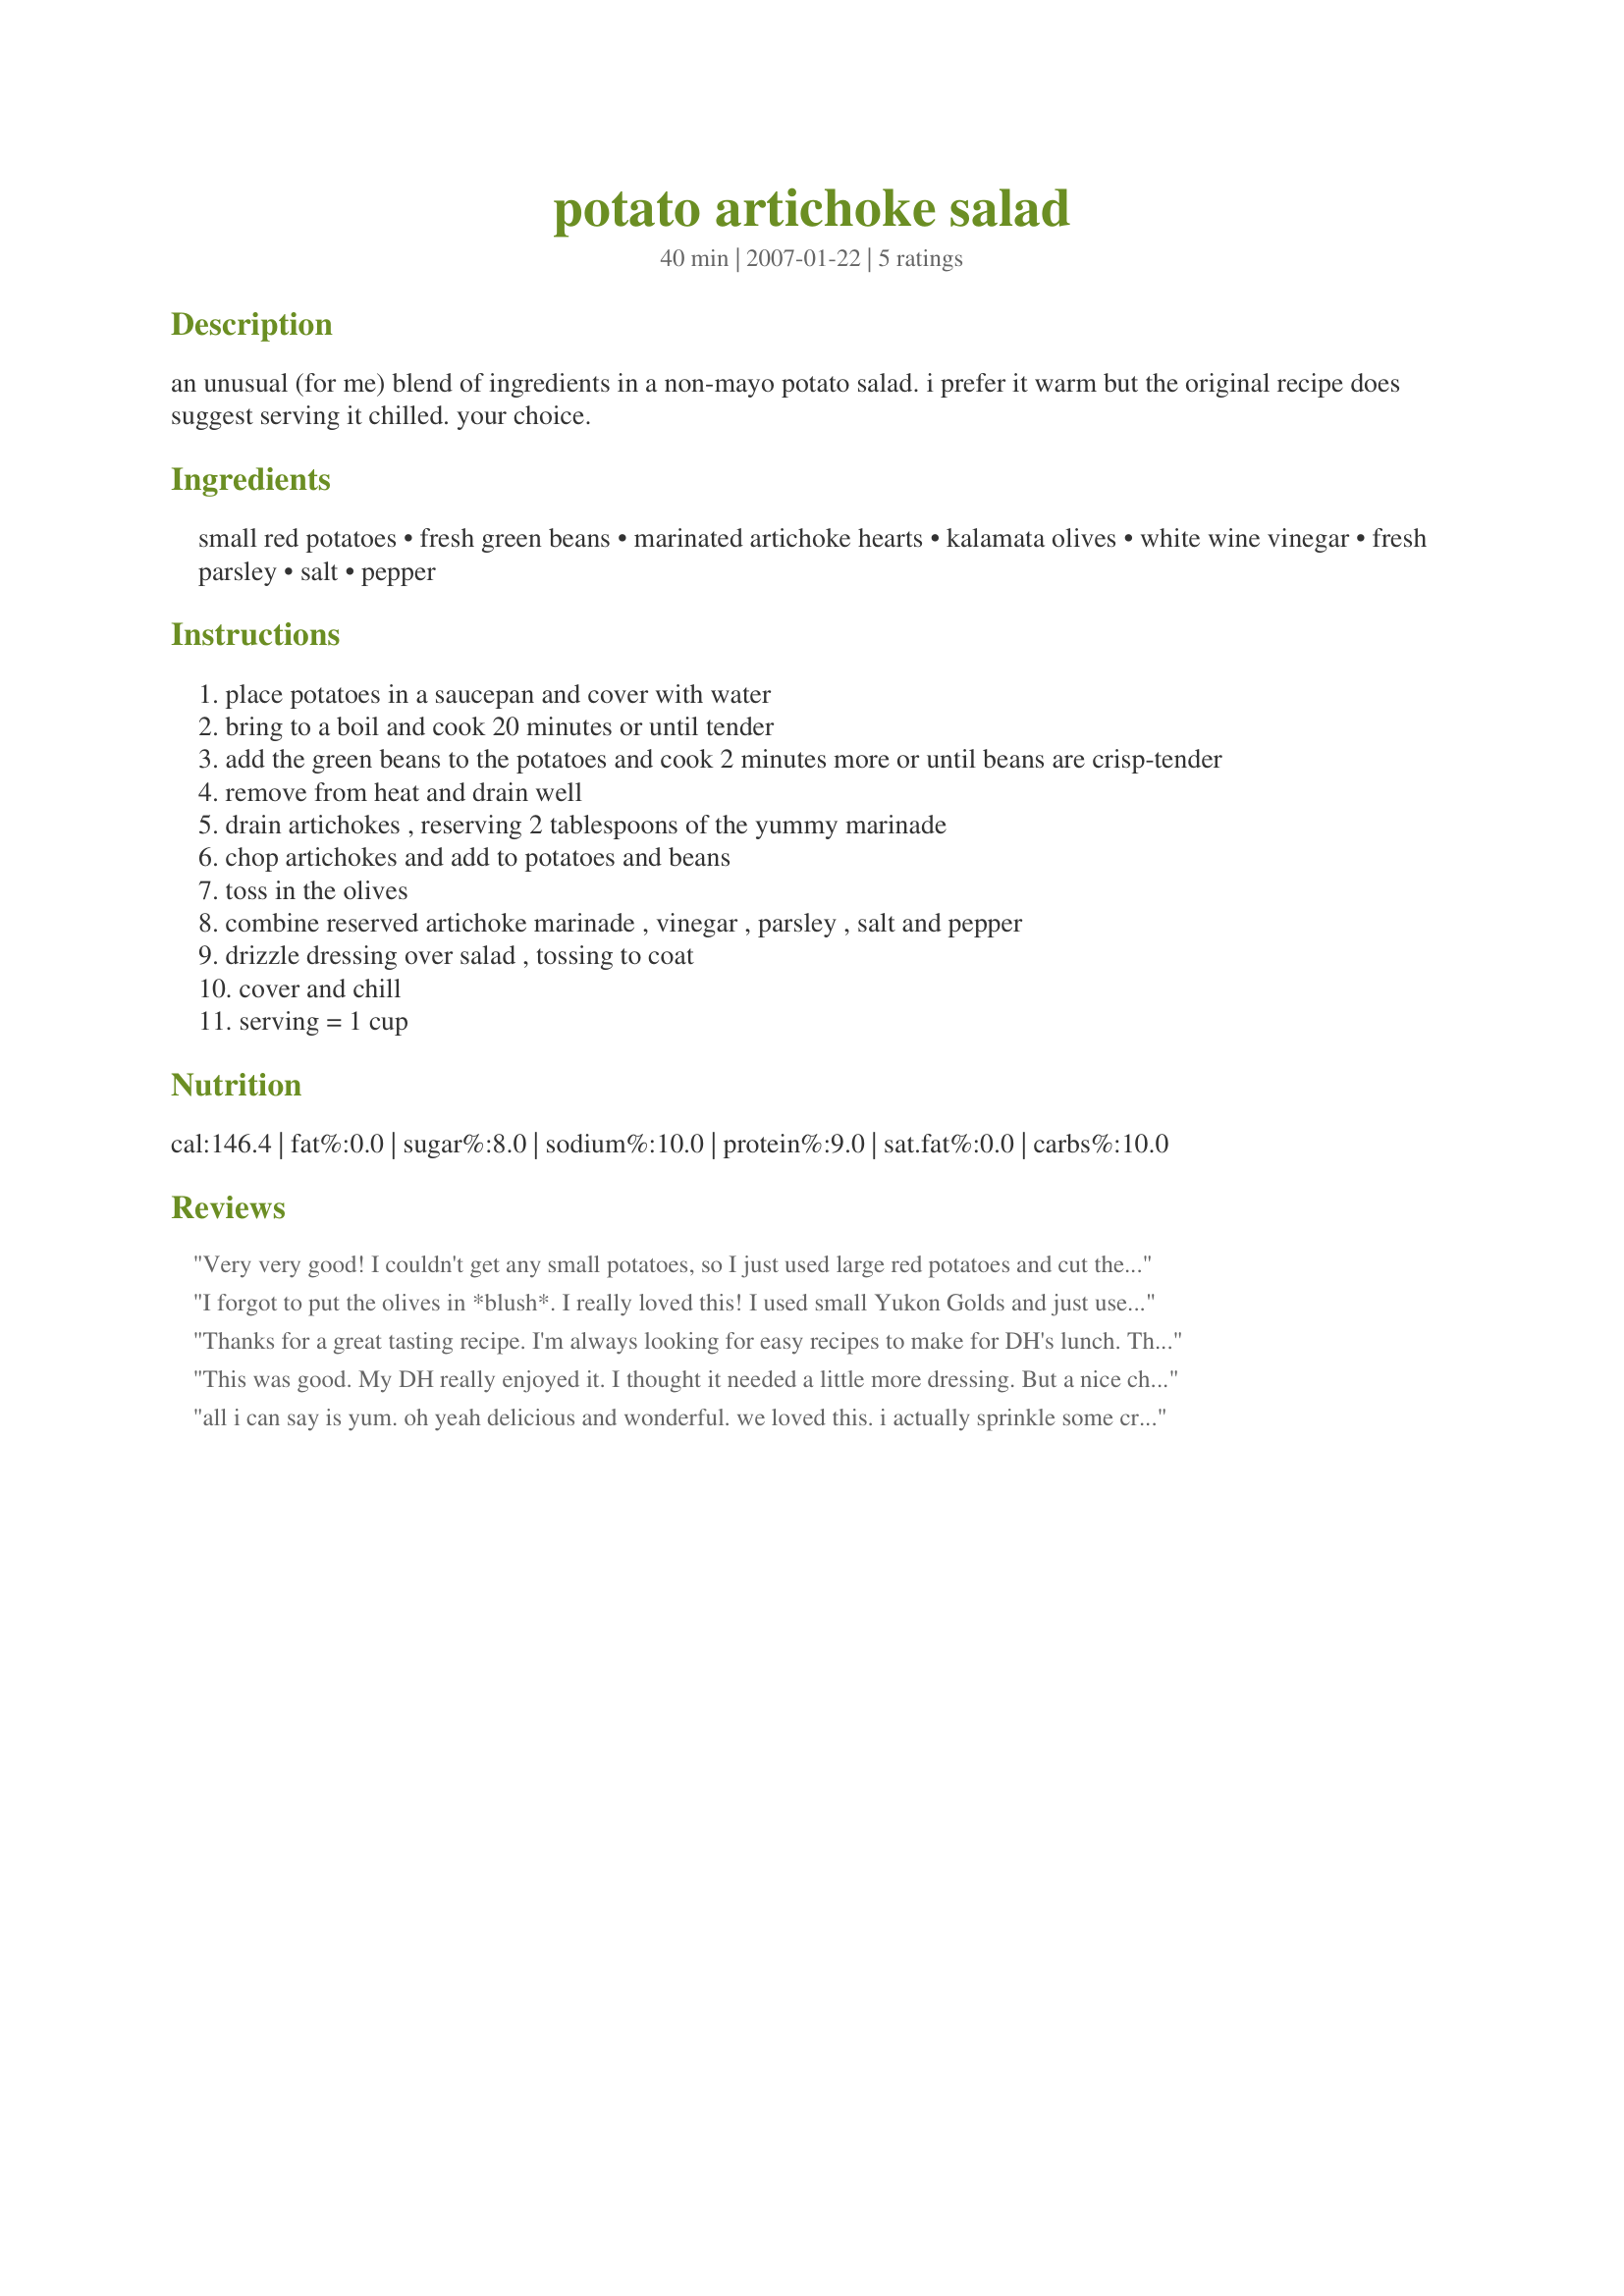
potato artichoke salad
Preparation time: 40 minutes

an unusual (for me) blend of ingredients in a non-mayo potato salad. i prefer it warm but the original recipe does suggest serving it chilled. your choice.

Ingredients:
small red potatoes, fresh green beans, marinated artichoke hearts, kalamata olives, white wine vinegar, fresh parsley, salt, pepper

Steps:
place potatoes in a saucepan and cover with water
bring to a boil and cook 20 minutes or until tender
add the green beans to the potatoes and cook 2 minutes more or until beans are crisp-tender
remove from heat and drain well
drain artichokes , reserving 2 tablespoons of the yummy marinade
chop artichokes and add to potatoes and beans
toss in the olives
combine reserved artichoke marinade , vinegar , parsley , salt and pepper
drizzle dressing over salad , tossing to coat
cover and chill
serving = 1 cup

Reviews:
Very very good! I couldn't get any small potatoes, so I just used large red potatoes and cut them into smaller bits. ;-) I doubled the pepper (freshly ground) and added some coarse Morrocan paprika for extra flavor and color. Susie, I'm with you, I prefer this warm as well, although there's a Tupperware with my name on it in the office fridge and I'm having this cold for lunch. Thanks for posting!
I forgot to put the olives in *blush*. I really loved this! I used small Yukon Golds and just used the marinade that the artichokes were in for the vinegar to add more artichoke flavor and I simply didn't have the parsley to use.. Lots of flavor, little fat. Mine was served at room temp and that worked well for me. The servings are generous, I made 2 and I have enough for 4! wow, thats a lot of salad for the calories :D. I paired it with with some oven-fried fish for a very tasty lunch.
Thanks for a great tasting recipe. I'm always looking for easy recipes to make for DH's lunch. This is definitely a keeper. The only change I made was to leave out the green beans (he doesn't like them) & I added onions & 1 boiled egg.
This was good. My DH really enjoyed it. I thought it needed a little more dressing. But a nice change of pace from regular potato salad.
all i can say is yum. oh yeah delicious and wonderful. we loved this. i actually sprinkle some crumbled feta on top and quadrapled the kalamata olives. terrific recipe!!!
